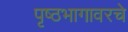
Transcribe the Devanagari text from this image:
पृष्ठभागावरचे